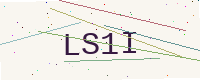
Text: LS1I